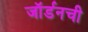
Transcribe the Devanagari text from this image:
जॉर्डनची